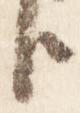
臣